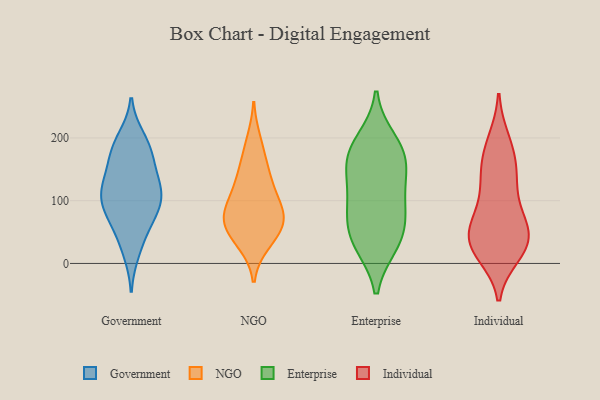
{"axis": {"x": "Humidity (%)", "y": "Value"}, "legend": ["Enterprise", "Government", "Individual", "NGO"], "data": [{"x": "", "y": 88, "type": "Government"}, {"x": "", "y": 158, "type": "Government"}, {"x": "", "y": 121, "type": "Government"}, {"x": "", "y": 73, "type": "Government"}, {"x": "", "y": 123, "type": "Government"}, {"x": "", "y": 88, "type": "Government"}, {"x": "", "y": 199, "type": "Government"}, {"x": "", "y": 39, "type": "Government"}, {"x": "", "y": 75, "type": "Government"}, {"x": "", "y": 171, "type": "Government"}, {"x": "", "y": 109, "type": "Government"}, {"x": "", "y": 19, "type": "Government"}, {"x": "", "y": 114, "type": "Government"}, {"x": "", "y": 190, "type": "Government"}, {"x": "", "y": 126, "type": "Government"}, {"x": "", "y": 179, "type": "Government"}, {"x": "", "y": 60, "type": "NGO"}, {"x": "", "y": 129, "type": "NGO"}, {"x": "", "y": 84, "type": "NGO"}, {"x": "", "y": 33, "type": "NGO"}, {"x": "", "y": 75, "type": "NGO"}, {"x": "", "y": 55, "type": "NGO"}, {"x": "", "y": 195, "type": "NGO"}, {"x": "", "y": 111, "type": "NGO"}, {"x": "", "y": 40, "type": "NGO"}, {"x": "", "y": 77, "type": "NGO"}, {"x": "", "y": 165, "type": "NGO"}, {"x": "", "y": 138, "type": "NGO"}, {"x": "", "y": 82, "type": "NGO"}, {"x": "", "y": 98, "type": "Enterprise"}, {"x": "", "y": 32, "type": "Enterprise"}, {"x": "", "y": 182, "type": "Enterprise"}, {"x": "", "y": 73, "type": "Enterprise"}, {"x": "", "y": 174, "type": "Enterprise"}, {"x": "", "y": 81, "type": "Enterprise"}, {"x": "", "y": 154, "type": "Enterprise"}, {"x": "", "y": 41, "type": "Enterprise"}, {"x": "", "y": 196, "type": "Enterprise"}, {"x": "", "y": 153, "type": "Enterprise"}, {"x": "", "y": 30, "type": "Enterprise"}, {"x": "", "y": 120, "type": "Enterprise"}, {"x": "", "y": 59, "type": "Individual"}, {"x": "", "y": 34, "type": "Individual"}, {"x": "", "y": 24, "type": "Individual"}, {"x": "", "y": 31, "type": "Individual"}, {"x": "", "y": 156, "type": "Individual"}, {"x": "", "y": 24, "type": "Individual"}, {"x": "", "y": 197, "type": "Individual"}, {"x": "", "y": 16, "type": "Individual"}, {"x": "", "y": 158, "type": "Individual"}, {"x": "", "y": 14, "type": "Individual"}, {"x": "", "y": 157, "type": "Individual"}, {"x": "", "y": 129, "type": "Individual"}, {"x": "", "y": 62, "type": "Individual"}, {"x": "", "y": 113, "type": "Individual"}, {"x": "", "y": 52, "type": "Individual"}, {"x": "", "y": 103, "type": "Individual"}, {"x": "", "y": 65, "type": "Individual"}, {"x": "", "y": 194, "type": "Individual"}, {"x": "", "y": 57, "type": "Individual"}]}